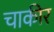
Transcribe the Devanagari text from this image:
चाकीर